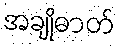
အချိုဓာတ်